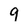
Character: 9